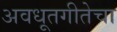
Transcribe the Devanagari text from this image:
अवधूतगीतेचा